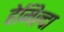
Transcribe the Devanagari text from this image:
हेमिल्दा